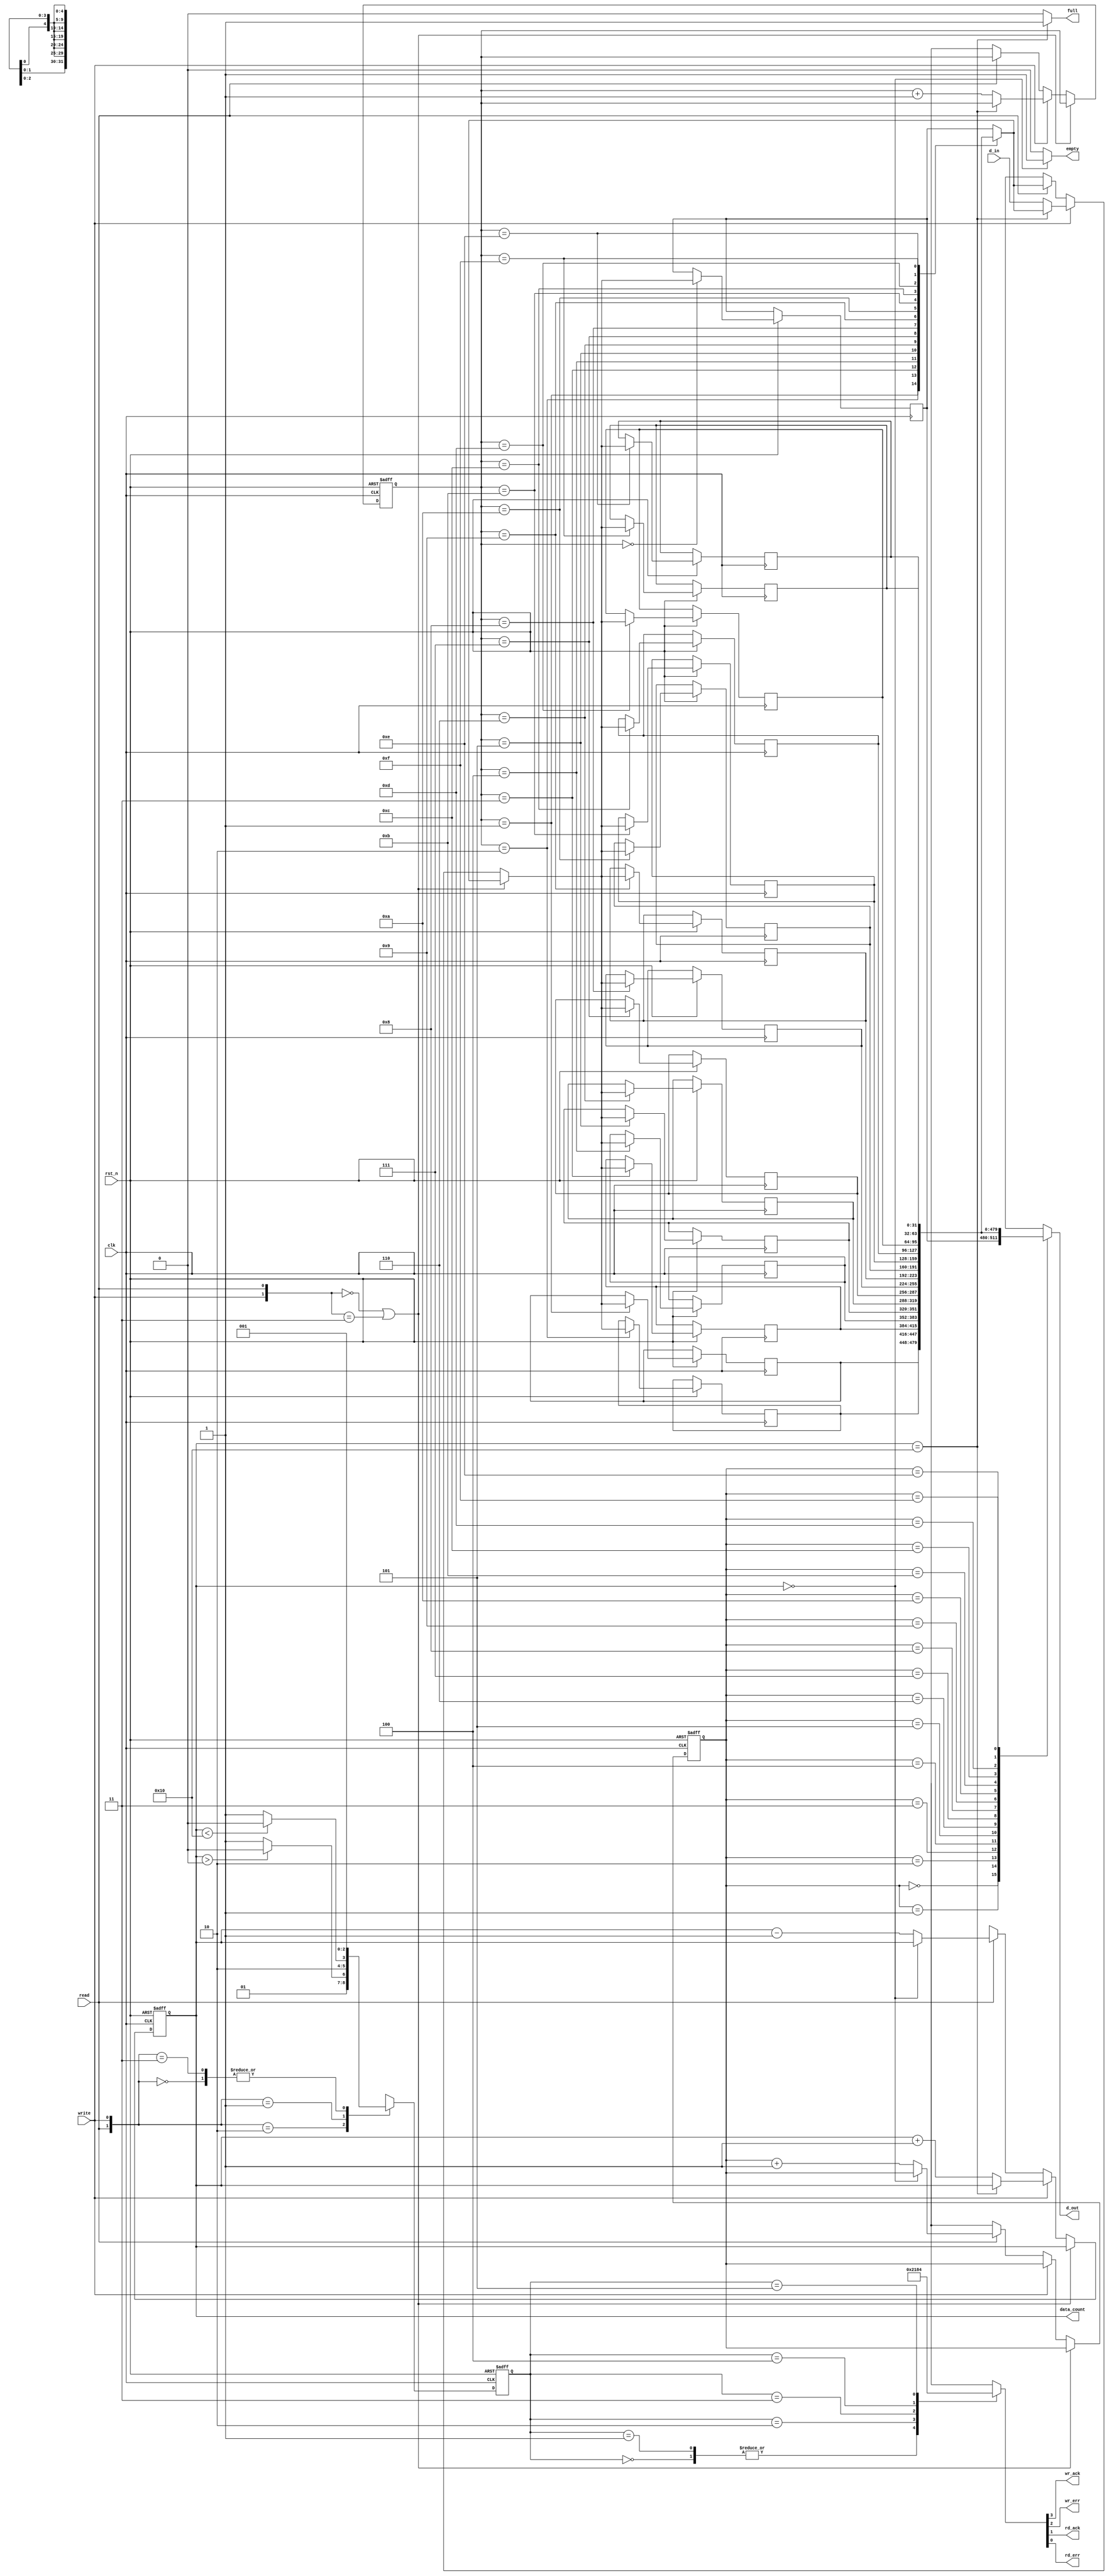
module SimpleFIFO(
	input clk,
	input rst_n,
	input read,
	input write,
	input [31:0] d_in,
	output [31:0] d_out,
	output full, /* Full Flag */
	output empty, /* Empty Flag */
	output reg wr_ack, /* Write Acknowledge Flag */
	output reg wr_err, /* Write Error Flag */
	output reg rd_ack, /* Read Acknowledge Flag */
	output reg rd_err, /* Read Error Flag */
	output reg [4:0] data_count /* Data Count Vector */
);

	/* State Definition */
	localparam [2:0] INIT = 3'b000; 
	localparam [2:0] NO_OP = 3'b001;
	localparam [2:0] READ = 3'b010;
	localparam [2:0] RD_ERROR = 3'b011;
	localparam [2:0] WRITE = 3'b100;
	localparam [2:0] WR_ERROR = 3'b101;

	/* Registers to Save Needed Information */
	reg [2:0] state;
	reg [2:0] next_state;
	reg [4:0] next_data_count;
	reg [3:0] head, tail;
	reg [3:0] next_head, next_tail;

	reg [31:0] BUFFER[0:15];//array
	reg [31:0] next_data;

	//wire signals
	assign full = (data_count == 5'd16)?1'b1:1'b0;
	assign empty = (data_count == 5'd0)?1'b1:1'b0;
	assign d_out = BUFFER[head];

	always @(posedge clk, negedge rst_n) begin
		if(~rst_n) {state, data_count, head, tail} <= 13'b000;//reset
		else begin//update the register with next value
			state <= next_state;
			data_count <= next_data_count;
			head <= next_head;
			tail <= next_tail;
			BUFFER[tail] <= next_data;
		end
	end
	
	/* Next State Logic */
	//NOTE: State is Previous Clk Edge Action's result.
	always @(read, write, data_count, state) begin
		case ({read, write})
			2'b00://no operation
				next_state <= NO_OP;
			2'b10://read operation
				if(data_count > 0) next_state <= READ;
				else next_state <= RD_ERROR;
			2'b01://write operation
				if(data_count < 16) next_state <= WRITE;
				else next_state <= WR_ERROR;
			2'b11://no operation when two input high
				next_state <= NO_OP;
			default:
				next_state <= 3'bxxx;
		endcase
	end

	always @(read, write, data_count, head, tail, d_in) begin
		if({write, read} == 2'b00 || {write, read} == 2'b11) begin//nop
				next_head <= head;
				next_tail <= tail;
				next_data_count <= data_count;
				next_data <= BUFFER[tail];
		end
		else if(write == 1'b1) begin//write
			if(data_count == 16) begin//full => no write
				next_head <= head;
				next_tail <= tail;
				next_data_count <= data_count;
				next_data <= BUFFER[tail];
			end
			else begin//write
				next_head <= head;
				next_tail <= tail + 1'b1;
				next_data_count <= data_count + 1'b1;
				next_data <= d_in;
			end
		end
		else if(read == 1'b1) begin
			if(data_count == 0) begin//empty => no read
				next_head <= head;
				next_tail <= tail;
				next_data_count <= data_count;
				next_data <= BUFFER[tail];
			end
			else begin//read
				next_head <= head + 1'b1;
				next_tail <= tail;
				next_data_count <= data_count - 1'b1;
				next_data <= BUFFER[tail];
			end
		end
		else begin//unknown
			{next_head, next_tail, next_data_count} = 15'bxxxx_xxxx_xxxx;
			next_data <= 32'dx;
		end
	end	

	always @(state) begin
		case(state)
			INIT:
				{wr_ack, wr_err, rd_ack, rd_err} = 4'b0000;
			NO_OP:
				{wr_ack, wr_err, rd_ack, rd_err} = 4'b0000;
			READ:
				{wr_ack, wr_err, rd_ack, rd_err} = 4'b0010;
			RD_ERROR: 
				{wr_ack, wr_err, rd_ack, rd_err} = 4'b0001;
			WRITE:
				{wr_ack, wr_err, rd_ack, rd_err} = 4'b1000;
			WR_ERROR:
				{wr_ack, wr_err, rd_ack, rd_err} = 4'b0100;
			default://unknown
				{wr_ack, wr_err, rd_ack, rd_err} <= 4'bx;
		endcase
	end

endmodule